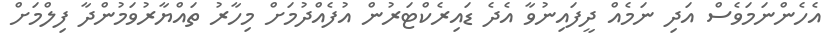
އެހެންނަމަވެސް އަދި ނަމެއް ދީފައިނުވާ އެދެ ޑައިރެކްޓަރުން އުފެއްދުމަށް މިހާރު ތައްޔާރުވަމުންދާ ފިލްމަށް